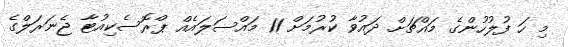
މި ހަ ފުލުހުންގެ މައްޗަށް ދައުވާ ކުރުމަށް 11 މައްސަލައެއް ޕްރޮސެކިއުޓާ ޖެނަރަލްގެ